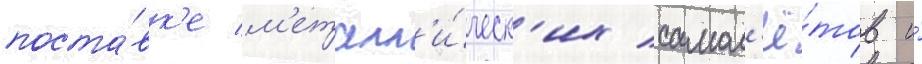
поста́вк'е м'еталл'и́ческ'их самол'ё́тов и́